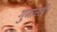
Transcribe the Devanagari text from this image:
गुजारती।